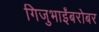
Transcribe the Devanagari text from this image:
गिजुभाईंबरोबर